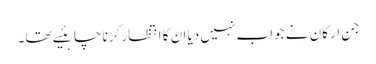
جن ارکان نے جواب نہیں دیا ان کا انتظار کرنا چاہئیے تھا۔